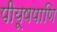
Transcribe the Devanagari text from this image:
पीयूषपाणि